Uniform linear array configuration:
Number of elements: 32
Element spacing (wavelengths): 0.5
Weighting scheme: exponential
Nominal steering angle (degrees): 30
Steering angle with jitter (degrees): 29.122
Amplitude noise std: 0.05
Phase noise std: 0.05

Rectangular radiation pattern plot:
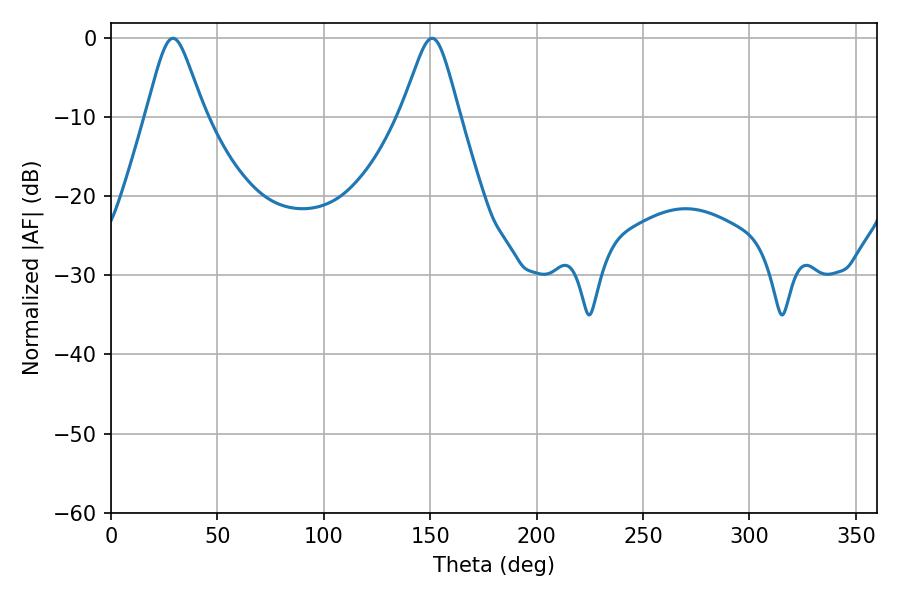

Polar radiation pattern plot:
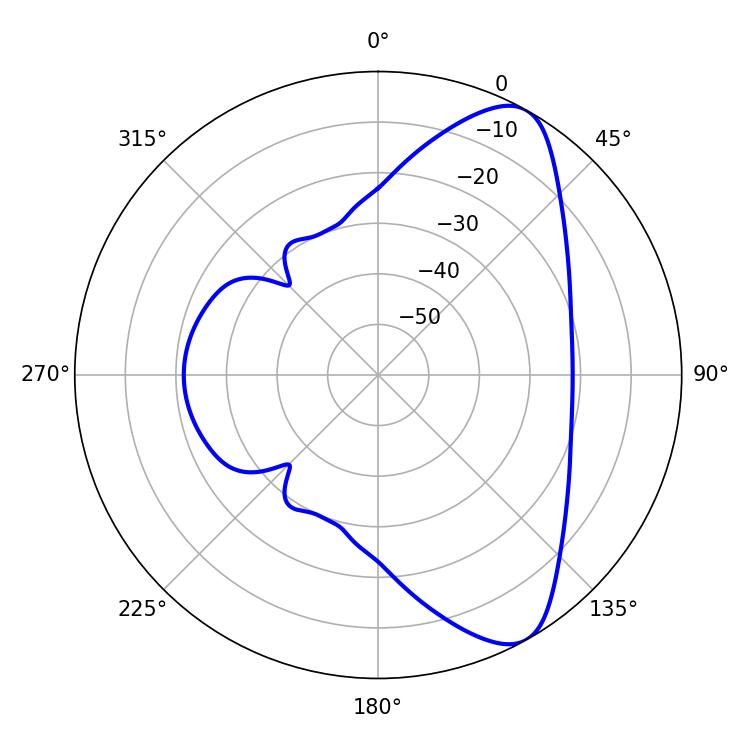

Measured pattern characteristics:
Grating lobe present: FALSE
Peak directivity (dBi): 8.477
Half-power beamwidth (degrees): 13.14
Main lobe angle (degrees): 29.16